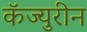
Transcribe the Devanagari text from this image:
कॅज्युरीन